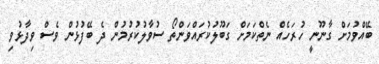
ބޭއްވުމަށް ގާނޫނީ ހުރަހެއް ނެތްކަމަށް ގަބޫލުކުރައްވަންތޯ ސުވާލުކުރުމުން ދެ ބޭފުޅުން ވެސް ވިދާޅުވި